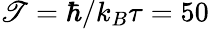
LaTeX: \mathscr{T}=\hbar/k_{B}\tau=50